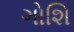
ગોશિ